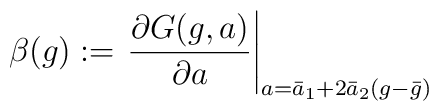
\beta (g) := \left.\frac{\partial G(g,a)}{\partial a} \right|_{a=\bar{a}_1+2\bar{a}_2(g-\bar{g})}